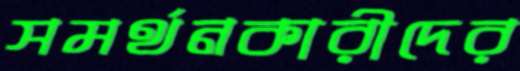
সমর্থনকারীদের